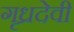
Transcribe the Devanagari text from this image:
गृध्रदेवी